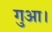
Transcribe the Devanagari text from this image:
गुआ।